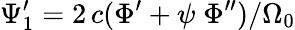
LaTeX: \Psi_{1}^{\prime}=2\, c(\Phi^{\prime}+\psi\; \Phi^{\prime\prime})/\Omega_{0}